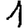
Digit: 1